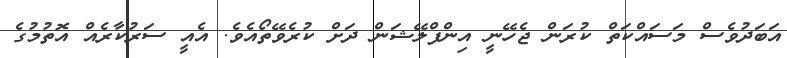
އަބަދުވެސް މަސައްކަތް ކުރަން ޖެހޭނީ އިންފްލޭޝަން ދަށް ކުރެވޭތޯއެވެ. އެއީ ސަރުކާރެއް އޮތުމުގެ